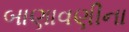
બાણાવણીના